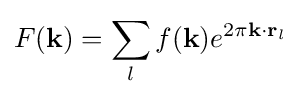
F({\textbf {k}})=\sum _{l}f({\textbf {k}})e^{2\pi {\textbf {k}}\cdot {\textbf {r}}_{l}}